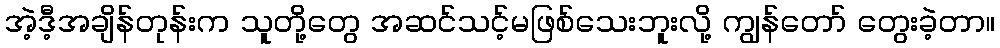
အဲ့ဒီ့အချိန်တုန်းက သူတို့တွေ အဆင်သင့်မဖြစ်သေးဘူးလို့ ကျွန်တော် တွေးခဲ့တာ။